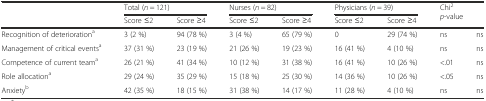
<table><thead><tr><td rowspan="2"></td><td colspan="2"><b>Total (<i>n</i> = 121)</b></td><td colspan="2"><b>Nurses (<i>n</i> = 82)</b></td><td colspan="2"><b>Physicians (<i>n</i> = 39)</b></td><td rowspan="2" colspan="2"><b>Chi<sup>2</sup><i>p</i>-value</b></td></tr><tr><td><b>Score ≤2</b></td><td><b>Score ≥4</b></td><td><b>Score ≤2</b></td><td><b>Score ≥4</b></td><td><b>Score ≤2</b></td><td><b>Score ≥4</b></td></tr></thead><tbody><tr><td>Recognition of deterioration<sup>a</sup></td><td>3 (2 %)</td><td>94 (78 %)</td><td>3 (4 %)</td><td>65 (79 %)</td><td>0</td><td>29 (74 %)</td><td>ns</td><td>ns</td></tr><tr><td>Management of critical events<sup>a</sup></td><td>37 (31 %)</td><td>23 (19 %)</td><td>21 (26 %)</td><td>19 (23 %)</td><td>16 (41 %)</td><td>4 (10 %)</td><td>ns</td><td>ns</td></tr><tr><td>Competence of current team<sup>a</sup></td><td>26 (21 %)</td><td>41 (34 %)</td><td>10 (12 %)</td><td>31 (38 %)</td><td>16 (41 %)</td><td>10 (26 %)</td><td>&lt;.01</td><td>ns</td></tr><tr><td>Role allocation<sup>a</sup></td><td>29 (24 %)</td><td>35 (29 %)</td><td>15 (18 %)</td><td>25 (30 %)</td><td>14 (36 %)</td><td>10 (26 %)</td><td>&lt;.05</td><td>ns</td></tr><tr><td>Anxiety<sup>b</sup></td><td>42 (35 %)</td><td>18 (15 %)</td><td>31 (38 %)</td><td>14 (17 %)</td><td>11 (28 %)</td><td>4 (10 %)</td><td>ns</td><td>ns</td></tr></tbody></table>